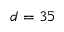
d = 3 5